system: You are a helpful assistant.
user:
Analyze the provided spectrum to determine if it is a **S-type Star**.

- **Key Indicators for S-type Star:**

    - **(Overall Spectrum Shape):** The first and most obvious characteristic is the overall continuum (the "baseline" shape). It is **extremely "red-sloping,"** meaning the flux (light intensity) is very low on the left side (blue, ~4000-4500 Å) and rises steeply and continuously toward the right side (red, ~7000 Å+).

    - **(Primary):** The spectrum is defined by the presence of strong, broad molecular absorption "valleys" (bands) from **Zirconium Oxide (ZrO)**. The identification of these bands is the **primary requirement** for classifying a star as S-type.
        - **(Key Bandheads):** You must find distinct, deep "dips" where the light has been absorbed. The most critical band systems to locate are:
            - **~6474 Å** ($\gamma$-system): This is often the strongest and clearest ZrO feature, found in the red part of the spectrum.
            - **~5718 Å** & **~5551 Å** ($\beta$-system): A pair of prominent absorption features in the yellow-orange part of the spectrum.
            - **~4640 Å** ($\alpha$-system): A key absorption band system in the blue-green region of the spectrum.

    - **(Secondary Confirmation):** The classification is strengthened by finding additional absorption bands from other related heavy element oxides, which are expected to be present alongside ZrO.
        - **(Key Bandheads):**
            - **Yttrium Oxide (YO):** Look for absorption dips near **~4800 Å** and **~6100 Å**.
            - **Lanthanum Oxide (LaO):** Additional absorption features, particularly in the red-orange part of the spectrum, are also characteristic.

    - **(Line Profile):** The combination of the steep red continuum and these numerous, deep molecular bands (ZrO, YO, etc.) gives the entire spectrum a very **"chopped-up"** or **"bumpy"** appearance. Instead of a smooth curve, the spectrum looks as though large, wide chunks of light have been "carved out" of it at the specific wavelengths listed above.

Think first, call **spectral_visualization_tool** if needed to examine features in detail, then provide your final answer. Your response must adhere to the following strict rules:
1.  **Overall Structure:** Your response must follow the format `<think>...</think> <tool_call>...</tool_call> (if a tool is used) <answer>...</answer>`.
2.  **Tool Usage Constraint:** You may only make **one** tool call per turn.
3.  **Final Answer Format:** In the `<answer>` tag, your conclusion must be inside a `\boxed{}` command (e.g., `\boxed{YES}` or `\boxed{NO}`), followed by your justification.

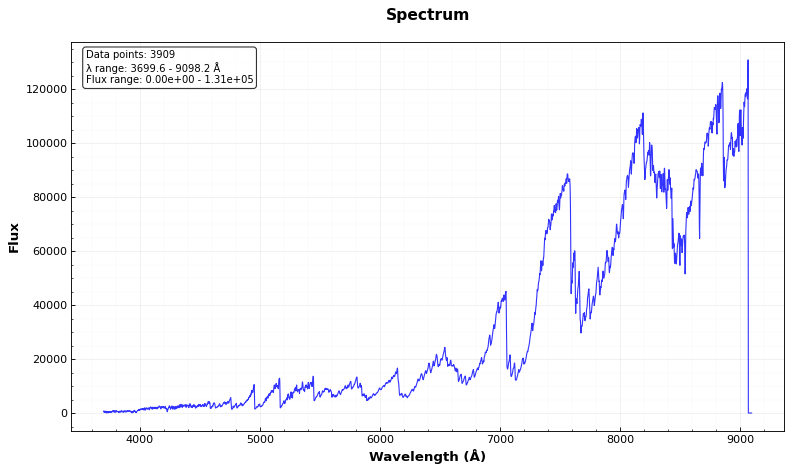
Answer: YES